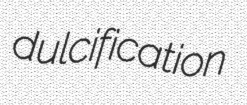
dulcification